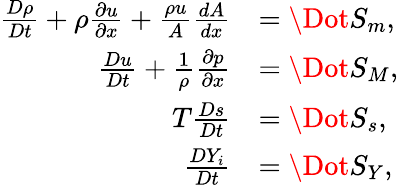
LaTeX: \begin{array}{rl}{\frac{D\rho}{Dt}+\rho\frac{\partial u}{\partial x}+\frac{\rho u}{A}\frac{dA}{dx}}&{={\Dot{S}_{m}},}\\ {\frac{Du}{Dt}+\frac{1}{\rho}\frac{\partial p}{\partial x}}&{={\Dot{S}_{M}},}\\ {T\frac{Ds}{Dt}}&{={\Dot{S}_{s}},}\\ {\frac{DY_{i}}{Dt}}&{=\Dot{S_{Y}},}\end{array}